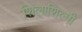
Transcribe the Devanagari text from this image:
शिलाशिल्पी